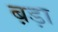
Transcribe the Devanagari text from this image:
ब़ड़ा